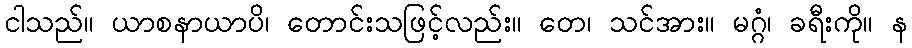
ငါသည်။ ယာစနာယာပိ၊ တောင်းသဖြင့်လည်း။ တေ၊ သင်အား။ မဂ္ဂံ၊ ခရီးကို။ န